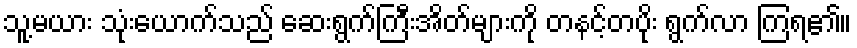
သူ့မယား သုံးယောက်သည် ဆေးရွက်ကြီးအိတ်များကို တနင့်တပိုး ရွက်လာ ကြရ၏။